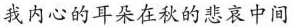
我内心的耳朵在秋的悲哀中间